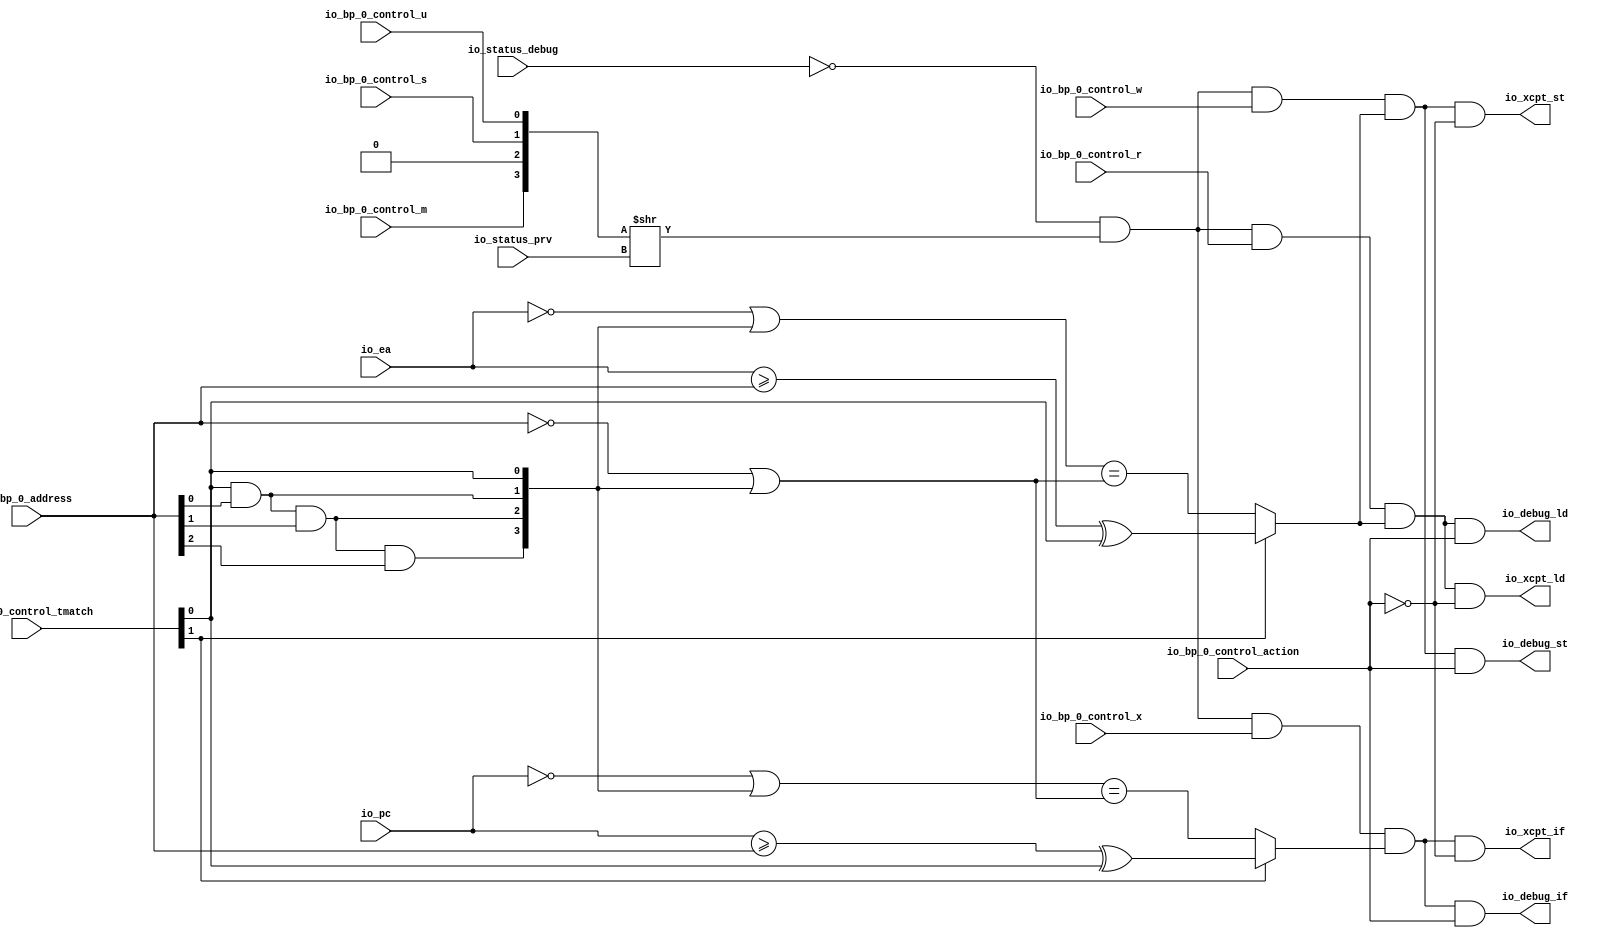
module BreakpointUnit(
  input         io_status_debug,
  input  [1:0]  io_status_prv,
  input         io_bp_0_control_action,
  input  [1:0]  io_bp_0_control_tmatch,
  input         io_bp_0_control_m,
  input         io_bp_0_control_s,
  input         io_bp_0_control_u,
  input         io_bp_0_control_x,
  input         io_bp_0_control_w,
  input         io_bp_0_control_r,
  input  [38:0] io_bp_0_address,
  input  [38:0] io_pc,
  input  [38:0] io_ea,
  output        io_xcpt_if,
  output        io_xcpt_ld,
  output        io_xcpt_st,
  output        io_debug_if,
  output        io_debug_ld,
  output        io_debug_st
);
  wire [3:0] _en_T_1 = {io_bp_0_control_m,1'h0,io_bp_0_control_s,io_bp_0_control_u}; // @[Cat.scala 29:58]
  wire [3:0] _en_T_2 = _en_T_1 >> io_status_prv; // @[Breakpoint.scala 31:68]
  wire  en = (~io_status_debug) & (_en_T_2[0]); // @[Breakpoint.scala 31:50]
  wire  _r_T_4 = (io_ea >= io_bp_0_address) ^ (io_bp_0_control_tmatch[0]); // @[Breakpoint.scala 66:20]
  wire [38:0] _r_T_5 = ~io_ea; // @[Breakpoint.scala 63:6]
  wire  r_left_right = (io_bp_0_control_tmatch[0]) & (io_bp_0_address[0]); // @[Breakpoint.scala 60:73]
  wire  r_right_left = r_left_right & (io_bp_0_address[1]); // @[Breakpoint.scala 60:73]
  wire  r_right_right = r_right_left & (io_bp_0_address[2]); // @[Breakpoint.scala 60:73]
  wire [3:0] _r_T_9 = {r_right_right,r_right_left,r_left_right,io_bp_0_control_tmatch[0]}; // @[Cat.scala 29:58]
  wire [38:0] _GEN_11 = {{35'd0}, _r_T_9}; // @[Breakpoint.scala 63:9]
  wire [38:0] _r_T_10 = _r_T_5 | _GEN_11; // @[Breakpoint.scala 63:9]
  wire [38:0] _r_T_11 = ~io_bp_0_address; // @[Breakpoint.scala 63:24]
  wire [38:0] _r_T_16 = _r_T_11 | _GEN_11; // @[Breakpoint.scala 63:33]
  wire  _r_T_17 = _r_T_10 == _r_T_16; // @[Breakpoint.scala 63:19]
  wire  _r_T_18 = io_bp_0_control_tmatch[1] ? _r_T_4 : _r_T_17; // @[Breakpoint.scala 69:8]
  wire  r = (en & io_bp_0_control_r) & _r_T_18; // @[Breakpoint.scala 107:32]
  wire  w = (en & io_bp_0_control_w) & _r_T_18; // @[Breakpoint.scala 108:32]
  wire  _x_T_4 = (io_pc >= io_bp_0_address) ^ (io_bp_0_control_tmatch[0]); // @[Breakpoint.scala 66:20]
  wire [38:0] _x_T_5 = ~io_pc; // @[Breakpoint.scala 63:6]
  wire [38:0] _x_T_10 = _x_T_5 | _GEN_11; // @[Breakpoint.scala 63:9]
  wire  _x_T_17 = _x_T_10 == _r_T_16; // @[Breakpoint.scala 63:19]
  wire  _x_T_18 = io_bp_0_control_tmatch[1] ? _x_T_4 : _x_T_17; // @[Breakpoint.scala 69:8]
  wire  x = (en & io_bp_0_control_x) & _x_T_18; // @[Breakpoint.scala 109:32]
  wire  _io_xcpt_ld_T = ~io_bp_0_control_action; // @[Breakpoint.scala 119:51]
  assign io_xcpt_if = x & _io_xcpt_ld_T; // @[Breakpoint.scala 121:27 Breakpoint.scala 121:40 Breakpoint.scala 97:14]
  assign io_xcpt_ld = r & _io_xcpt_ld_T; // @[Breakpoint.scala 119:27 Breakpoint.scala 119:40 Breakpoint.scala 98:14]
  assign io_xcpt_st = w & _io_xcpt_ld_T; // @[Breakpoint.scala 120:27 Breakpoint.scala 120:40 Breakpoint.scala 99:14]
  assign io_debug_if = x & io_bp_0_control_action; // @[Breakpoint.scala 121:27 Breakpoint.scala 121:73 Breakpoint.scala 100:15]
  assign io_debug_ld = r & io_bp_0_control_action; // @[Breakpoint.scala 119:27 Breakpoint.scala 119:73 Breakpoint.scala 101:15]
  assign io_debug_st = w & io_bp_0_control_action; // @[Breakpoint.scala 120:27 Breakpoint.scala 120:73 Breakpoint.scala 102:15]
endmodule